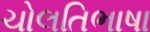
ચોલતિભાષા